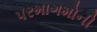
પરમાગમોની